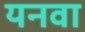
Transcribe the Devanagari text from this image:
यनवा